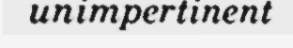
unimpertinent